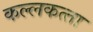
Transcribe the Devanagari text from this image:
कल्‍लकत्‍ता